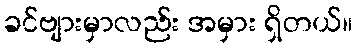
ခင်ဗျားမှာလည်း အမှား ရှိတယ်။